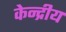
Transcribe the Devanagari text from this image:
केन्‍द्रीय